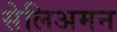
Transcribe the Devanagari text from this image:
सेलिअमन